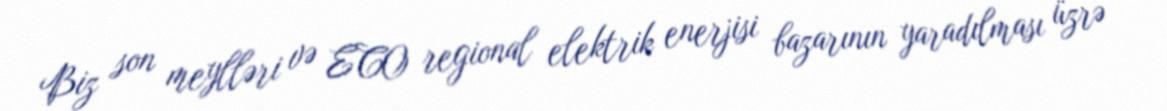
Biz son meylləri və ECO regional elektrik enerjisi bazarının yaradılması üzrə